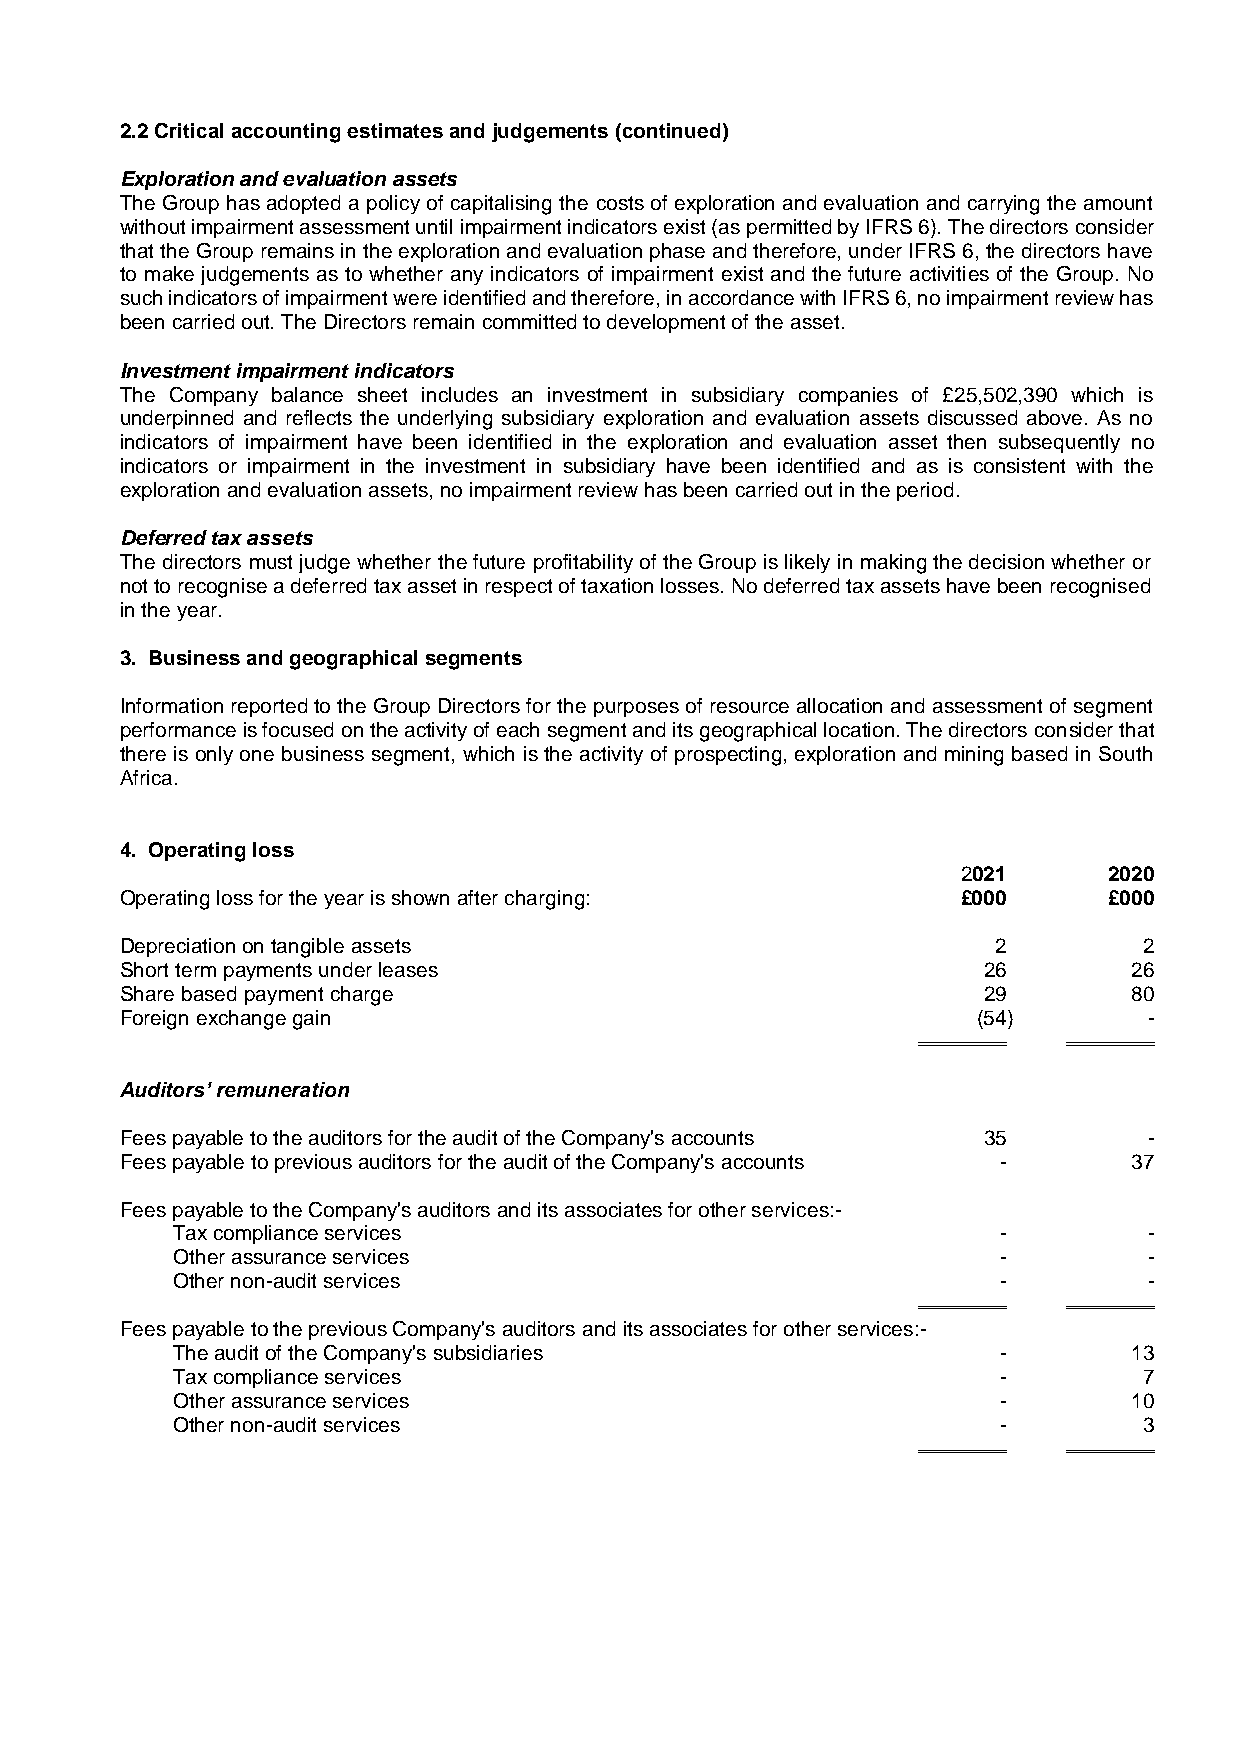
2.2 Critical accounting estimates and judgements (continued)
 Exploration and evaluation assets
 The Group has adopted a policy of capitalising the costs of exploration and evaluation and carrying the amount
 without impairment assessment until impairment indicators exist (as permitted by IFRS 6). The directors consider
 that the Group remains in the exploration and evaluation phase and therefore, under IFRS 6, the directors have
 to make judgements as to whether any indicators of impairment exist and the future activities of the Group. No
 such indicators of impairment were identified and therefore, in accordance with IFRS 6, no impairment review has
 been carried out. The Directors remain committed to development of the asset.
 Investment impairment indicators
 The Company balance sheet includes an investment in subsidiary companies of £25,502,390 which is
 underpinned and reflects the underlying subsidiary exploration and evaluation assets discussed above. As no
 indicators of impairment have been identified in the exploration and evaluation asset then subsequently no
 indicators or impairment in the investment in subsidiary have been identified and as is consistent with the
 exploration and evaluation assets, no impairment review has been carried out in the period.
 Deferred tax assets
 The directors must judge whether the future profitability of the Group is likely in making the decision whether or
 not to recognise a deferred tax asset in respect of taxation losses. No deferred tax assets have been recognised
 in the year.
 3. Business and geographical segments
 Information reported to the Group Directors for the purposes of resource allocation and assessment of segment
 performance is focused on the activity of each segment and its geographical location. The directors consider that
 there is only one business segment, which is the activity of prospecting, exploration and mining based in South
 Africa.
 4. Operating loss
 2021     2020
 Operating loss for the year is shown after charging:    £000     £000
 Depreciation on tangible assets                           2         2
 Short term payments under leases                         26        26
 Share based payment charge                               29        80
 Foreign exchange gain                                    (54)       -
 Auditors’ remuneration
 Fees payable to the auditors for the audit of the Company's accounts 35 -
 Fees payable to previous auditors for the audit of the Company's accounts - 37
 Fees payable to the Company's auditors and its associates for other services:-
 Tax compliance services                                -         -
 Other assurance services                               -         -
 Other non-audit services                               -         -
 Fees payable to the previous Company's auditors and its associates for other services:-
 The audit of the Company's subsidiaries                -        13
 Tax compliance services                                -         7
 Other assurance services                               -        10
 Other non-audit services                               -         3